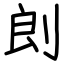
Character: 剆